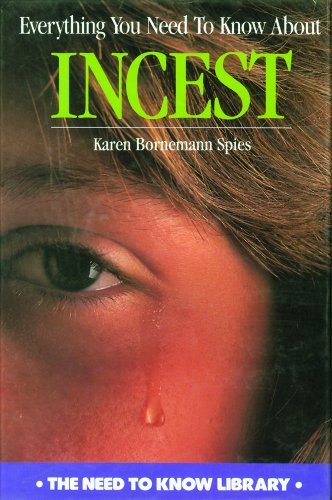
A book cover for Everything You Need to Know about Incest (Need to Know Library); Karen Bornemann Spies; Teen & Young Adult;